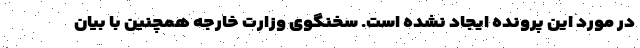
در مورد این پرونده ایجاد نشده است. سخنگوی وزارت خارجه همچنین با بیان